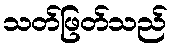
သတ်ဖြတ်သည်